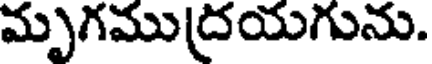
మృగముద్రయగును.